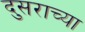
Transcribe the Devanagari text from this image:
दुसराच्या